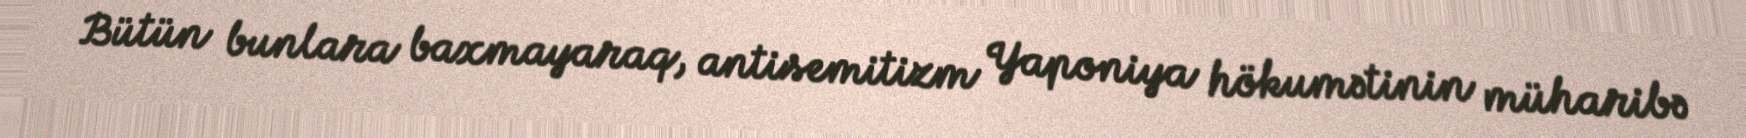
Bütün bunlara baxmayaraq, antisemitizm Yaponiya hökumətinin müharibə